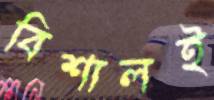
বিশালই